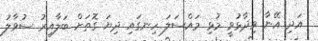
އަދި އޭނާ ވިދާޅުވީ މުޅި މައްސަލަ ހިނގައި ދިޔަ ގޮތަށް ބަލާއިރު ސުވާލު